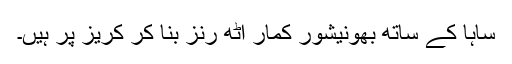
ساہا کے ساتھ بھونیشور کمار آٹھ رنز بنا کر کریز پر ہیں۔